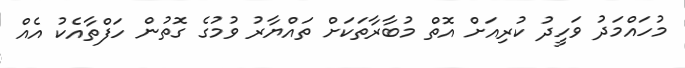
މުހައްމަދު ވަހީދު ކުރިއަށް އޮތް މުބާރާތަކަށް ތައްޔާރު ވުމުގެ ގޮތުން ހަފްތާއެކު އެއް